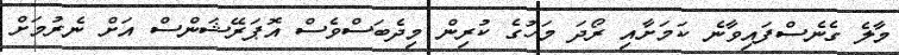
މާލެ ގެނެސްފައިވާނެ ކަމަށާއި ރޯދަ މަހުގެ ކުރިން މިދެބަސްވެސް އޮޕަރޭޝަންސް އަށް ނެރުމަށް